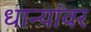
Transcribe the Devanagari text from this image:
धान्यांवर